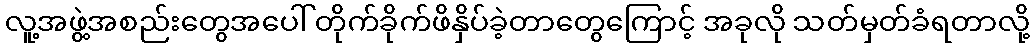
လူ့အဖွဲ့အစည်းတွေအပေါ် တိုက်ခိုက်ဖိနှိပ်ခဲ့တာတွေကြောင့် အခုလို သတ်မှတ်ခံရတာလို့